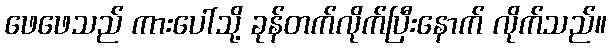
ဖေဖေသည် ကားပေါ်သို့ ခုန်တက်လိုက်ပြီးနောက် လိုက်သည်။